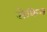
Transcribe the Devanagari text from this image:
सेकिम